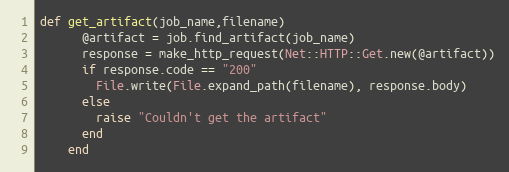
Language: Ruby
def get_artifact(job_name,filename)
      @artifact = job.find_artifact(job_name)
      response = make_http_request(Net::HTTP::Get.new(@artifact))
      if response.code == "200"
        File.write(File.expand_path(filename), response.body)
      else
        raise "Couldn't get the artifact"
      end
    end